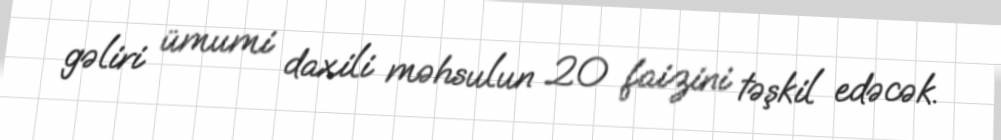
gəliri ümumi daxili məhsulun 20 faizini təşkil edəcək.